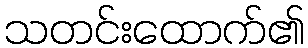
သတင်းထောက်၏